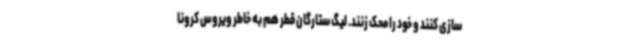
سازی کنند و خود را محک زنند. لیگ ستارگان قطر هم به خاطر ویروس کرونا